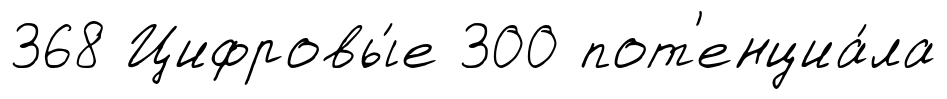
368 Цифровы́е 300 пот'енциа́ла